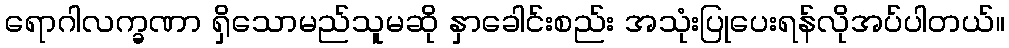
ရောဂါလက္ခဏာ ရှိသောမည်သူမဆို နှာခေါင်းစည်း အသုံးပြုပေးရန်လိုအပ်ပါတယ်။